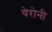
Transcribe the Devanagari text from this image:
येरोनी